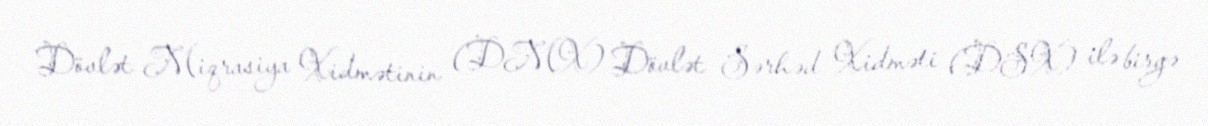
Dövlət Miqrasiya Xidmətinin (DMX) Dövlət Sərhəd Xidməti (DSX) ilə birgə